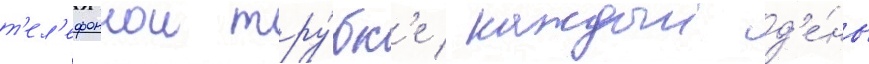
т'ел'ефоннои тру́бк'е каждыи д'е́нь